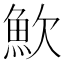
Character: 𩵢